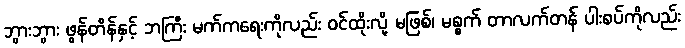
ဘွားဘွား ဖွန်တိန်နှင့် ဘကြီး မက်ကရေးကိုလည်း ဝင်ထိုးလို့ မဖြစ်၊ မစ္စက် တာလက်တန် ပါးစပ်ကိုလည်း